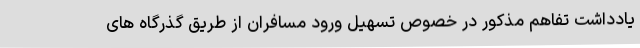
یادداشت تفاهم مذکور در خصوص تسهیل ورود مسافران از طریق گذرگاه های